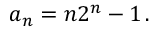
a _ { n } = n 2 ^ { n } - 1 \, .